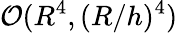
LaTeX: \mathcal{O}(R^{4},(R/h)^{4})